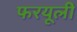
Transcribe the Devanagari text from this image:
फरयूली